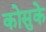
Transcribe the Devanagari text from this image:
कोसुके